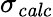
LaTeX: \sigma_{\mathit{calc}}